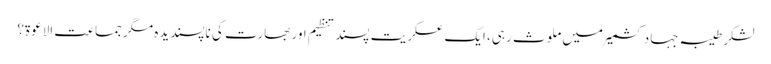
لشکر طیبہ جہاد کشمیر میں ملوث رہی، ایک عسکریت پسند تنظیم اور بھارت کی ناپسندیدہ مگر جماعت الاعوۃ؟